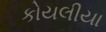
કોયલીયા